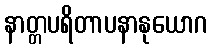
နာတ္တပရိတာပနာနုယောဂ